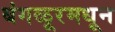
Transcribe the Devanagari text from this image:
बंगळूरमधून